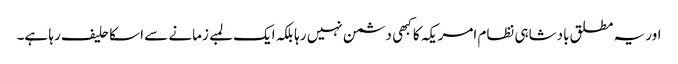
اور یہ مطلق بادشاہی نظام امریکہ کا کبهی دشمن نہیں رہا بلکہ ایک لمبے زمانے سے اسکا حلیف رہا ہے۔